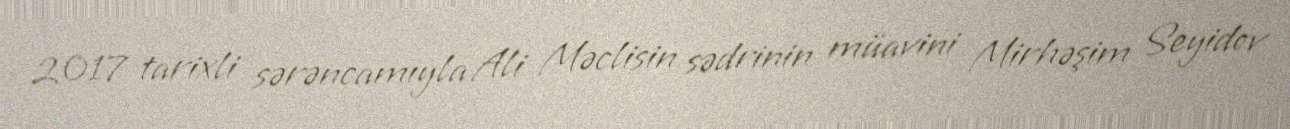
2017 tarixli sərəncamıyla Ali Məclisin sədrinin müavini Mirhəşim Seyidov